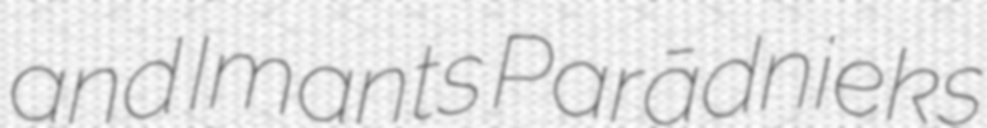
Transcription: and Imants Parādnieks